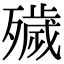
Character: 𣩪